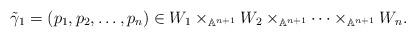
LaTeX: \begin{align*}\tilde \gamma _1=(p_1,p_2, \dots, p_n)\in W_1\times _{\mathbb A^{n+1}}W_2\times _{\mathbb A^{n+1}}\cdots \times _{\mathbb A^{n+1}} W_n.\end{align*}